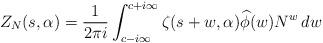
LaTeX: \begin{gather*}Z_N(s,\alpha)= \frac{1}{2\pi i} \int_{c-i \infty}^{c+i \infty} \zeta(s+w,\alpha) \widehat{\phi}(w) N^w \,dw\end{gather*}